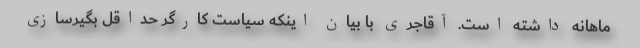
ماهانه داشته است. آقاجری با بیان اینکه سیاست کارگرِ حداقل بگیرسازی